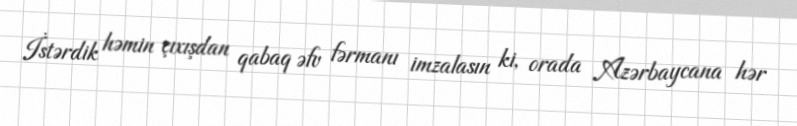
İstərdik həmin çıxışdan qabaq əfv fərmanı imzalasın ki, orada Azərbaycana hər